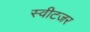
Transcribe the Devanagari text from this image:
स्वीटजर